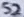
Text: S2